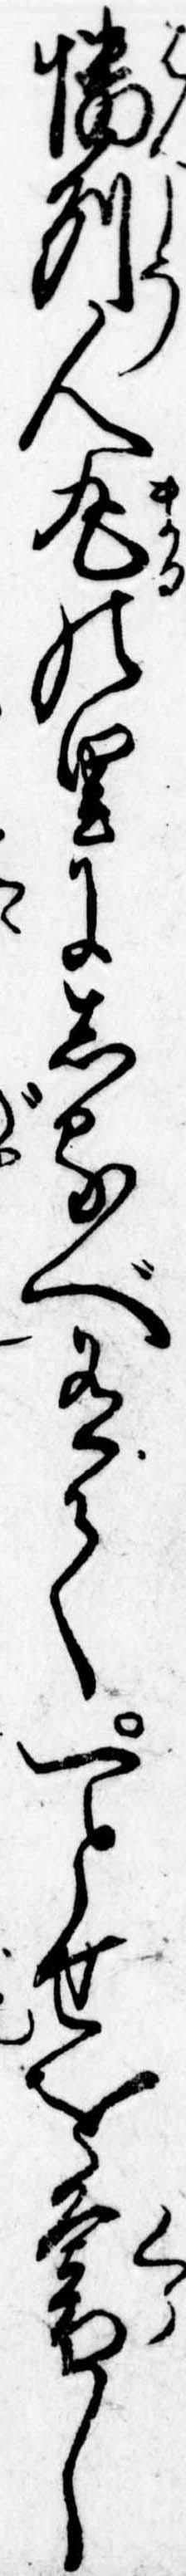
播州人丸の里にしるべ有て一とせを暮し